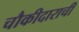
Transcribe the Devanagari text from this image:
चौकीदाराची